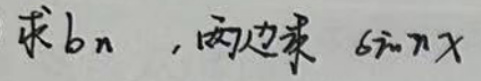
求$b_{n}$ , 两边乘 $\sin x$